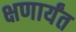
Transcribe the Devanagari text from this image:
क्षणार्यंत